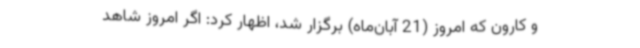
و کارون که امروز (21 آبان‌ماه) برگزار شد، اظهار کرد: اگر امروز شاهد